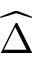
\widehat { \Delta }